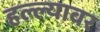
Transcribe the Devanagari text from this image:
हल्ल्यावर